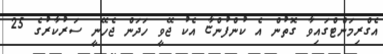
އެގްރިމަންޓްގައިވާ ގޮތުން އެ ކުންފުންޏާ އެކު ޖޭވީ ހަދަން ޖެހޭނީ ސަރުކާރުގެ 25